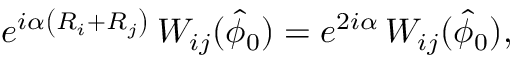
e ^ { i \alpha \left( R _ { i } + R _ { j } \right) } \, W _ { i j } ( \hat { \phi } _ { 0 } ) = e ^ { 2 i \alpha } \, W _ { i j } ( \hat { \phi } _ { 0 } ) ,